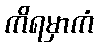
ကိရမှာကံ